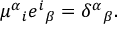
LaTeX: \mu ^ { \alpha } { } _ { i } e ^ { i } { } _ { \beta } = \delta ^ { \alpha } { } _ { \beta } .